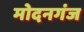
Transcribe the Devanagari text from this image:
मोदनगंज